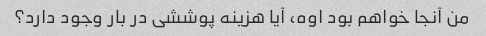
من آنجا خواهم بود اوه، آیا هزینه پوششی در بار وجود دارد؟